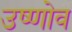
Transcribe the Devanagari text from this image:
उष्णोव